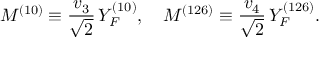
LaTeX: M ^ { ( 1 0 ) } \equiv \frac { v _ { 3 } } { \sqrt { 2 } } \, Y _ { F } ^ { ( 1 0 ) } , ~ ~ ~ M ^ { ( 1 2 6 ) } \equiv \frac { v _ { 4 } } { \sqrt { 2 } } \, Y _ { F } ^ { ( 1 2 6 ) } .